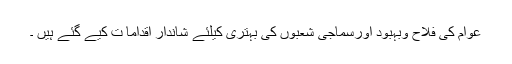
عوام کی فلاح وبہبود اورسماجی شعبوں کی بہتری کیلئے شاندار اقداما ت کیے گئے ہیں ۔